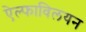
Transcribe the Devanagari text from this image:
ऐल्फाविलयन